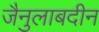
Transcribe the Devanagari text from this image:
जैनुलाबदीन